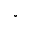
^ \circ